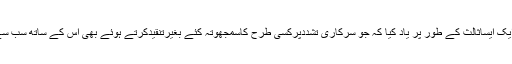
اپوروانند نے شجاعت بکاری کو ہندوستان کے ایک ایساثالث کے طور پر یاد کیا کہ جو سرکاری تشددپرکسی طرح کاسمجھوتہ کئے بغیرتنقیدکرتے ہوئے بھی اس کے ساتھ سب سے اچھے اندازمیں بات چیت کی وکالت کرتاتھا۔